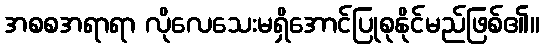
အစစအရာရာ လိုလေသေးမရှိအောင်ပြုစုနိုင်မည်ဖြစ်၏။